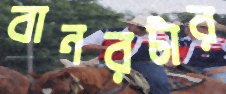
বানরটার